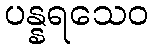
ပန္နရသေဝ